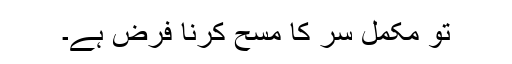
تو مکمل سر کا مسح کرنا فرض ہے۔